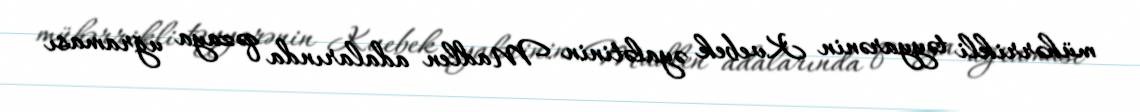
mühərrikli təyyarənin Kvebek əyalətinin Madlen adalarında qəzaya uğraması